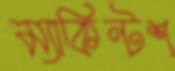
ম্যাকিন্টশ